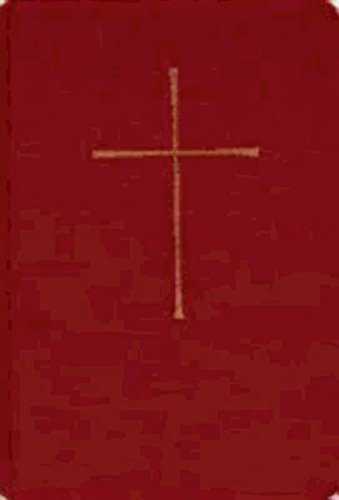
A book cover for The Book of Common Prayer Deluxe Chancel Edition: Red Leather; Church Publishing; Christian Books & Bibles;